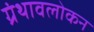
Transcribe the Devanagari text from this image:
ग्रंथावलोकन